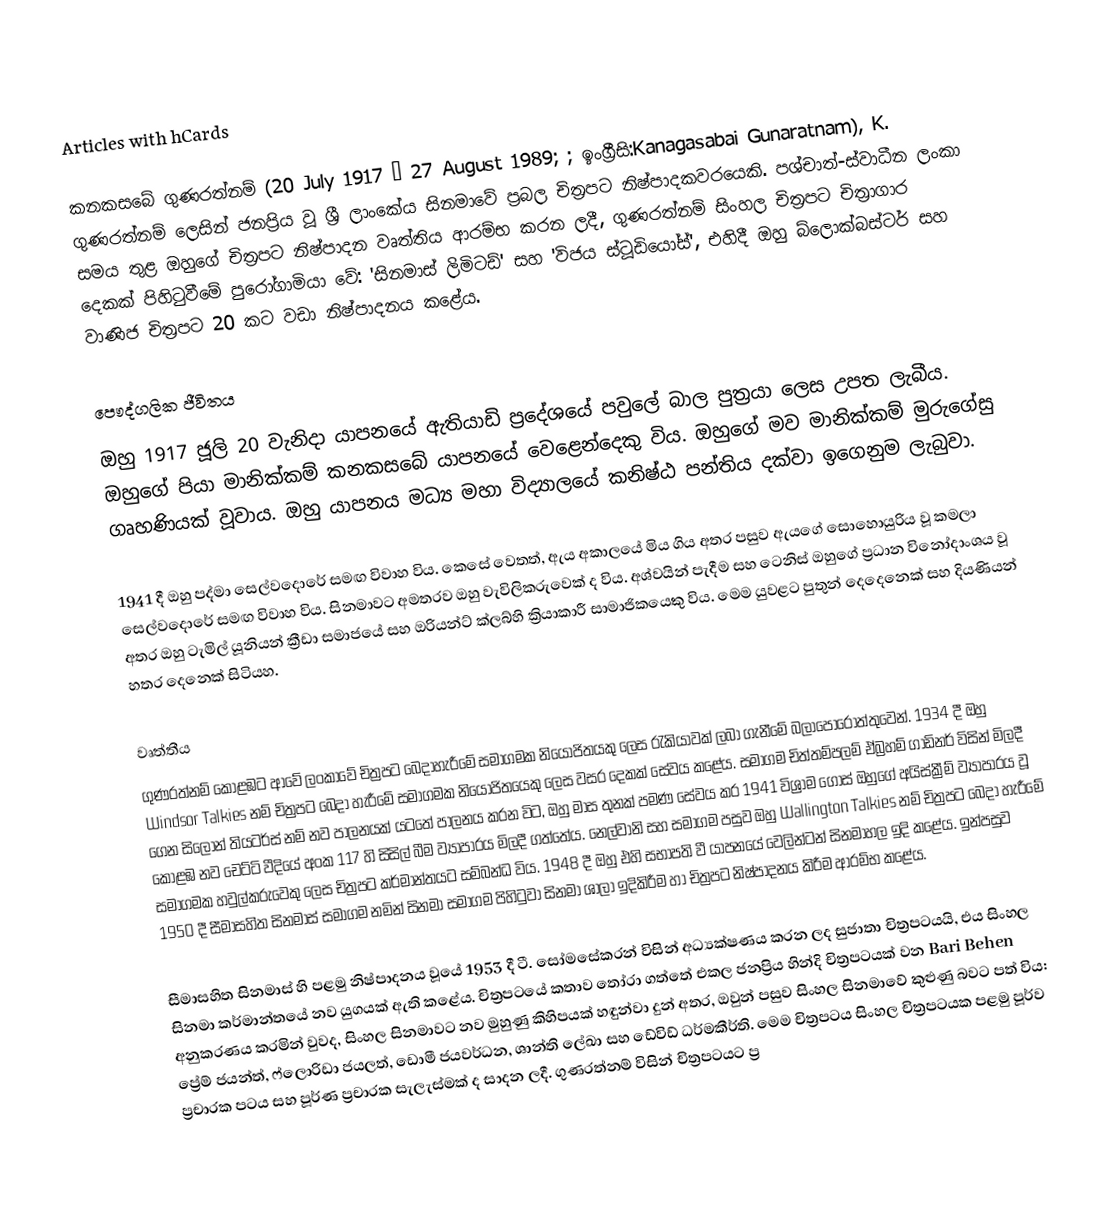
Articles with hCards

කනකසබේ ගුණරත්නම් (20 July 1917 – 27 August 1989; ; ඉංග්‍රීසි:Kanagasabai Gunaratnam), K. ගුණරත්නම් ලෙසින් ජනප්‍රිය වූ ශ්‍රී ලාංකේය සිනමාවේ ප්‍රබල චිත්‍රපට නිෂ්පාදකවරයෙකි. පශ්චාත්-ස්වාධීන ලංකා සමය තුළ ඔහුගේ චිත්‍රපට නිෂ්පාදන වෘත්තිය ආරම්භ කරන ලදී, ගුණරත්නම් සිංහල චිත්‍රපට චිත්‍රාගාර දෙකක් පිහිටුවීමේ පුරෝගාමියා වේ: 'සිනමාස් ලිමිටඩ්' සහ 'විජය ස්ටූඩියෝස්', එහිදී ඔහු බ්ලොක්බස්ටර් සහ වාණිජ චිත්‍රපට 20 කට වඩා නිෂ්පාදනය කළේය.

පෞද්ගලික ජීවිතය
ඔහු 1917 ජූලි 20 වැනිදා යාපනයේ ඇතියාඩි ප්‍රදේශයේ පවුලේ බාල පුත්‍රයා ලෙස උපත ලැබීය. ඔහුගේ පියා මානික්කම් කනකසබේ යාපනයේ වෙළෙන්දෙකු විය. ඔහුගේ මව මානික්කම් මුරුගේසු ගෘහණියක් වූවාය. ඔහු යාපනය මධ්‍ය මහා විද්‍යාලයේ කනිෂ්ඨ පන්තිය දක්වා ඉගෙනුම ලැබුවා.

1941 දී ඔහු පද්මා සෙල්වදොරේ සමඟ විවාහ විය. කෙසේ වෙතත්, ඇය අකාලයේ මිය ගිය අතර පසුව ඇයගේ සොහොයුරිය වූ කමලා සෙල්වදොරේ සමඟ විවාහ විය. සිනමාවට අමතරව ඔහු වැවිලිකරුවෙක් ද විය. අශ්වයින් පැදීම සහ ටෙනිස් ඔහුගේ ප්‍රධාන විනෝදාංශය වූ අතර ඔහු ටැමිල් යූනියන් ක්‍රීඩා සමාජයේ සහ ඔරියන්ට් ක්ලබ්හි ක්‍රියාකාරී සාමාජිකයෙකු විය. මෙම යුවළට පුතුන් දෙදෙනෙක් සහ දියණියන් හතර දෙනෙක් සිටියහ.

වෘත්තීය
ගුණරත්නම් කොළඹට ආවේ ලංකාවේ චිත්‍රපට බෙදාහැරීමේ සමාගමක නියෝජිතයකු ලෙස රැකියාවක් ලබා ගැනීමේ බලාපොරොත්තුවෙන්. 1934 දී ඔහු Windsor Talkies නම් චිත්‍රපට බෙදා හැරීමේ සමාගමක නියෝජිතයෙකු ලෙස වසර දෙකක් සේවය කළේය. සමාගම චිත්තම්පලම් ඒබ්‍රහම් ගාඩිනර් විසින් මිලදී ගෙන සිලෝන් තියටර්ස් නම් නව පාලනයක් යටතේ පාලනය කරන විට, ඔහු මාස තුනක් පමණ සේවය කර 1941 විශ්‍රාම ගොස් ඔහුගේ අයිස්ක්‍රීම් ව්‍යාපාරය වූ කොළඹ නව චෙට්ටි වීදියේ අංක 117 හි සිසිල් බීම ව්‍යාපාරය මිලදී ගත්තේය. නෙල්වානි සහ සමාගම පසුව ඔහු Wallington Talkies නම් චිත්‍රපට බෙදා හැරීමේ සමාගමක හවුල්කරුවෙකු ලෙස චිත්‍රපට කර්මාන්තයට සම්බන්ධ විය. 1948 දී ඔහු එහි සභාපති වී යාපනයේ වෙලින්ටන් සිනමාහල ඉදි කළේය. ඉන්පසුව 1950 දී සීමාසහිත සිනමාස් සමාගම නමින් සිනමා සමාගම පිහිටුවා සිනමා ශාලා ඉදිකිරීම හා චිත්‍රපට නිෂ්පාදනය කිරීම ආරම්භ කළේය.

සීමාසහිත සිනමාස් හි පළමු නිෂ්පාදනය වූයේ 1953 දී ටී. සෝමසේකරන් විසින් අධ්‍යක්ෂණය කරන ලද සුජාතා චිත්‍රපටයයි, එය සිංහල සිනමා කර්මාන්තයේ නව යුගයක් ඇති කළේය. චිත්‍රපටයේ කතාව තෝරා ගත්තේ එකල ජනප්‍රිය හින්දි චිත්‍රපටයක් වන Bari Behen අනුකරණය කරමින් වුවද, සිංහල සිනමාවට නව මුහුණු කිහිපයක් හඳුන්වා දුන් අතර, ඔවුන් පසුව සිංහල සිනමාවේ කුළුණු බවට පත් විය: ප්‍රේම් ජයන්ත්, ෆ්ලොරිඩා ජයලත්, ඩොමී ජයවර්ධන, ශාන්ති ලේඛා සහ ඩේවිඩ් ධර්මකීර්ති. මෙම චිත්‍රපටය සිංහල චිත්‍රපටයක පළමු පූර්ව ප්‍රචාරක පටය සහ පූර්ණ ප්‍රචාරක සැලැස්මක් ද සාදන ලදී. ගුණරත්නම් විසින් චිත්‍රපටයට ප්‍ර